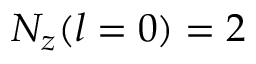
N _ { z } ( l = 0 ) = 2